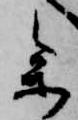
参